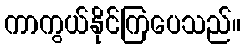
ကာကွယ်နိုင်ကြပေသည်။